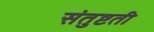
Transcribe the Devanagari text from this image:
संतुष्टती